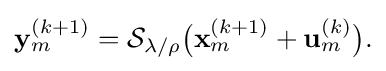
{\textstyle \mathbf {y} _{m}^{(k+1)}={\mathcal {S}}_{\lambda /\rho }{\big (}\mathbf {x} _{m}^{(k+1)}+\mathbf {u} _{m}^{(k)}{\big )}.}